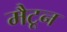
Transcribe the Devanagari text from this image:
मैटून